King Institute of Preventive Medicine Bacteriolog. Section reports 1907-08
Year: 1907
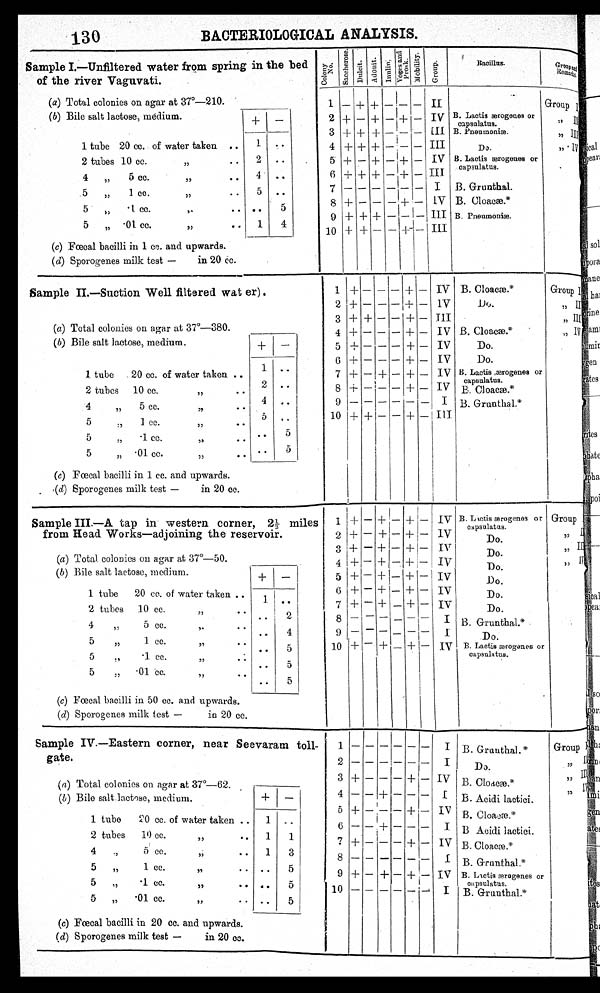
130
B A C T E R I O L O G I C A L A N A L Y S I S .
Sample I.—Unfiltered water from spring in the bed
of the river Vaguvati.
Col ony No.
S a c c h a e r o s e . D u l c i t e . A d o n i t . I n u l i n .
Voges and Prosk.
M o t i l i t y .
G r o u p .
Bacillus.
G r o u p a n d
Remarks.
(a) Total colonies on agar at 37°-210.
1 — + + — — — II
2 + — + — + — IV
3 + + +
— III
4 + + +
— III
5 + — + — + — IV
6 + + + — + — III
7
- -
I
8 + — — + — IV
9 + + + -
III
10 + + — — +- — III
.
B. Lactis ærogenes
capsulatus.
B. Pneumoniæ.
Group I
(b) Bile salt lactose, medium.
+ —
1 tube 20 cc. of water taken ..
2 tubes 10 cc.
„
..
4
5 cc.
77
",
• •
5
1 cc.
,,
..
5 „ .1 cc.
• •
5 „ .01 cc.
" • .
1
2
4
5
• •
1
• •
..
..
..
4
,
.
(c) Fœcal bacilli in 1 cc. and upwards.
(d) Sporogenes milk test —
in 20 cc.
sample II.—Suction Well filtered water).
1 + — — — + — IV
2 + — — —+ — 1V
3 + +— — +— III
4 -I- — — — + — IV
5 + — — — + — IV
6 +---+— IV
7 + — + — + — IV
8 + — — — + — IV
9
I
10 + + — + — III
I
B. Cloacæ.*
.Do.
B. Cloacæ.* •
Do.
Do.
B. Lactis ærcgenes or
capsulatus.
B. Cloacæ.*
B. Grunthal.*
.........---.
Group I
,, II
„III?
„ IV
u
,
(a) Total colonies on agar at 37°-380.
(b) Bile salt lactose, medium.
+ —
1 tube . 20 cc. of water taken ..
2 tubes 10 cc.
,,
• •
4
„ 5 CC.
"
• •
5
.,1 cc.
,,
• •
5
„ • 1. cc.
,,
• •
5 .01 cc.
• •
1
2
4
..
..
..
..
...
..,
5
(c) Fœcal bacilli in 1 cc. and upwards.
(d) Sporogenes milk test —
in 20 cc.
Sample III.—A tap in western corner, 2½ miles
from Head Works—adjoining the reservoir.
i. I + — + --- + — IV
2 + — -+— + — I
3 + - — + - + — IV
4 + — + - +
IV
— +
5 +
1— + — IV
6 + — + — + — IV
7, + — + —+— IV
8 — — — — — — I
9 — — — — — — 1
10 + — + — + — IV
B. Lactis
ær ogenes
Do.
Do.
Do.
Do.
Do.
Do.
B. Grunthal.*
Do.
B. Lactis ærogenes or
capsulatus.
Group
"
(a) Total. colonies on agar at 37°-50.
(b) Bile salt lactose, medium.
+ —
1 tube 20 ce. of water taken .
•
2 tubes 10 cc.,,
4
„
o cc.
,.
••
5
75
1 cc.
" • •
5
•1 cc.
"
5
„ • 01 be.
,,
, .
1.
• .
• .
..
..
2
4
5
5
5
(c) Fœcal bacilli in 50 cc. and upwards.
(d) Sporogenes milk test —
in 20 cc.
Sample IV.—Eastern corner, near Seevaram toll-
gate.
1
I
1
2
I
I ,
3 + — — — + — IV
4 — — -I- — — — I
5
+ — — — + — IV
6 — — + — — — I
+— — — IV
+
8 — — — — — 1 — I
9 + — -I- — + — IV
10
I
B. Grauthal.*
Do.
B. Cloacæ.*
B. Acidi lactici.
B. Cloacæ.
B Acidi lactici.
B. Cloaeæ.*
B. Grunthal.*
B. Lletis ærogenes or
capsulatus.
B. Grunthal.*
Group I
II'
:2
I
" 2
"
(a) Total colonies on agar at 37°-62. ,
(b) Bile salt lactose, medium.
-I- —
1 tube 20 cc. of water taken ..
2 tubes 10 cc.
,,
• .
4
0 cc.
..
,,
5
,,
1 cc.
" ,
5
" •
1 cc.
" • •
5 „ '01 cc."
• •
1
1
1
• •
..
• •
..
1
3
5
5
5
(c) Fœcal bacilli in 20 cc. and upwards.
(d) Sporogenes milk test —
in 20 cc.